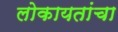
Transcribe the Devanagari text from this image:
लोकायतांचा